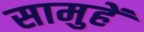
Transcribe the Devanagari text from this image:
सामुहें